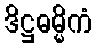
ဒိဋ္ဌဓမ္မိကံ